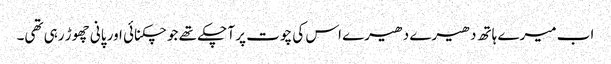
اب میرے ہاتھ دھیرے دھیرے اس کی چوت پر آ چکے تھے جو چکنائی اور پانی چھوڑ رہی تھی۔